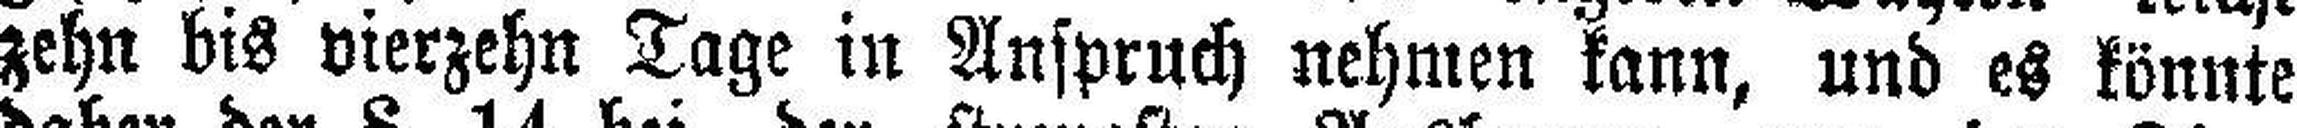
zehn bis vierzehn Tage in Anspruch nehmen kann, und es könnte